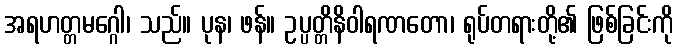
အရဟတ္တမဂ္ဂေါ၊ သည်။ ပုန၊ ဖန်။ ဥပ္ပတ္တိနိဝါရဏတော၊ ရုပ်တရားတို့၏ ဖြစ်ခြင်းကို